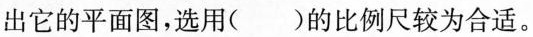
出它的平面图，选用( )的比例尺较为合适。